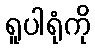
ရူပါရုံကို